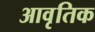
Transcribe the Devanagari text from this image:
आवृतिक